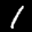
Label: 1